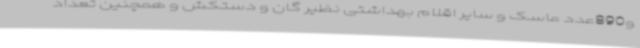
و890عدد ماسک و سایر اقلام بهداشتی نظیر گان و دستکش و همچنین تعداد